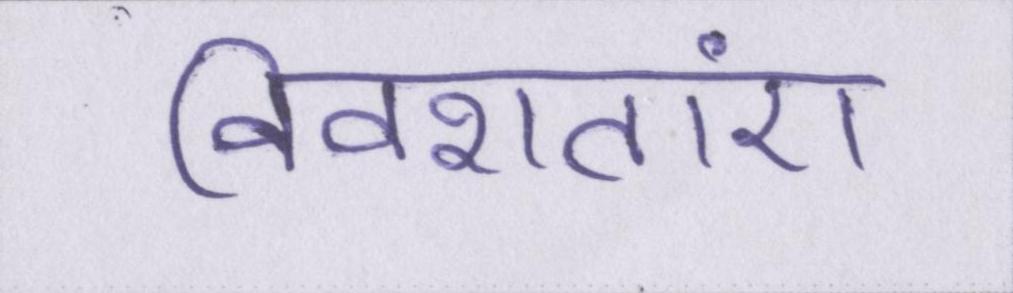
विवशताएं